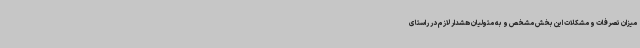
میزان تصرفات و مشکلات این بخش مشخص و به متولیان هشدار لازم در راستای